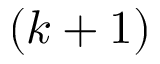
( k + 1 )